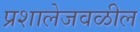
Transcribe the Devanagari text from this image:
प्रशालेजवळील